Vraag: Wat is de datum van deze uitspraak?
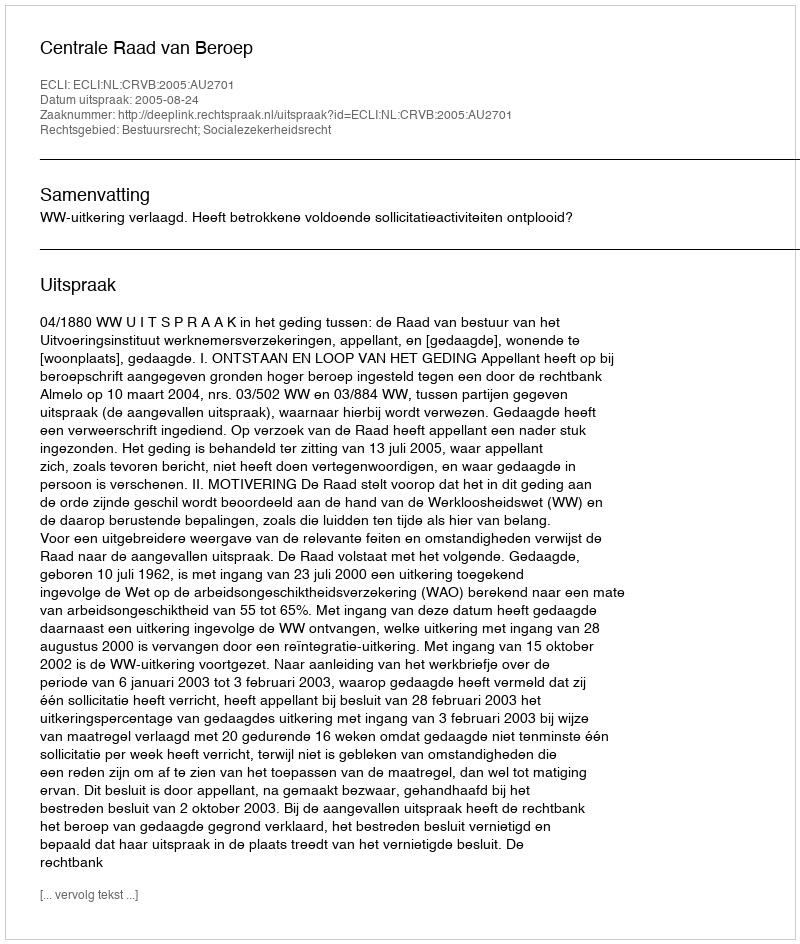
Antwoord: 2005-08-24